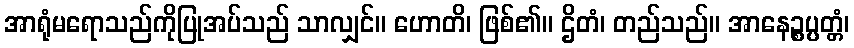
အာရုံမရောသည်ကိုပြုအပ်သည် သာလျှင်။ ဟောတိ၊ ဖြစ်၏။ ဌိတံ၊ တည်သည်။ အာနေဉ္စပ္ပတ္တံ၊